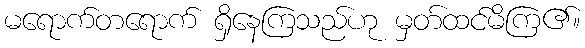
မရောက်တရောက် ရှိနေကြသည်ဟု မှတ်ထင်မိကြ၏။